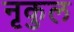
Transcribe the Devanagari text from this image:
नृकुल